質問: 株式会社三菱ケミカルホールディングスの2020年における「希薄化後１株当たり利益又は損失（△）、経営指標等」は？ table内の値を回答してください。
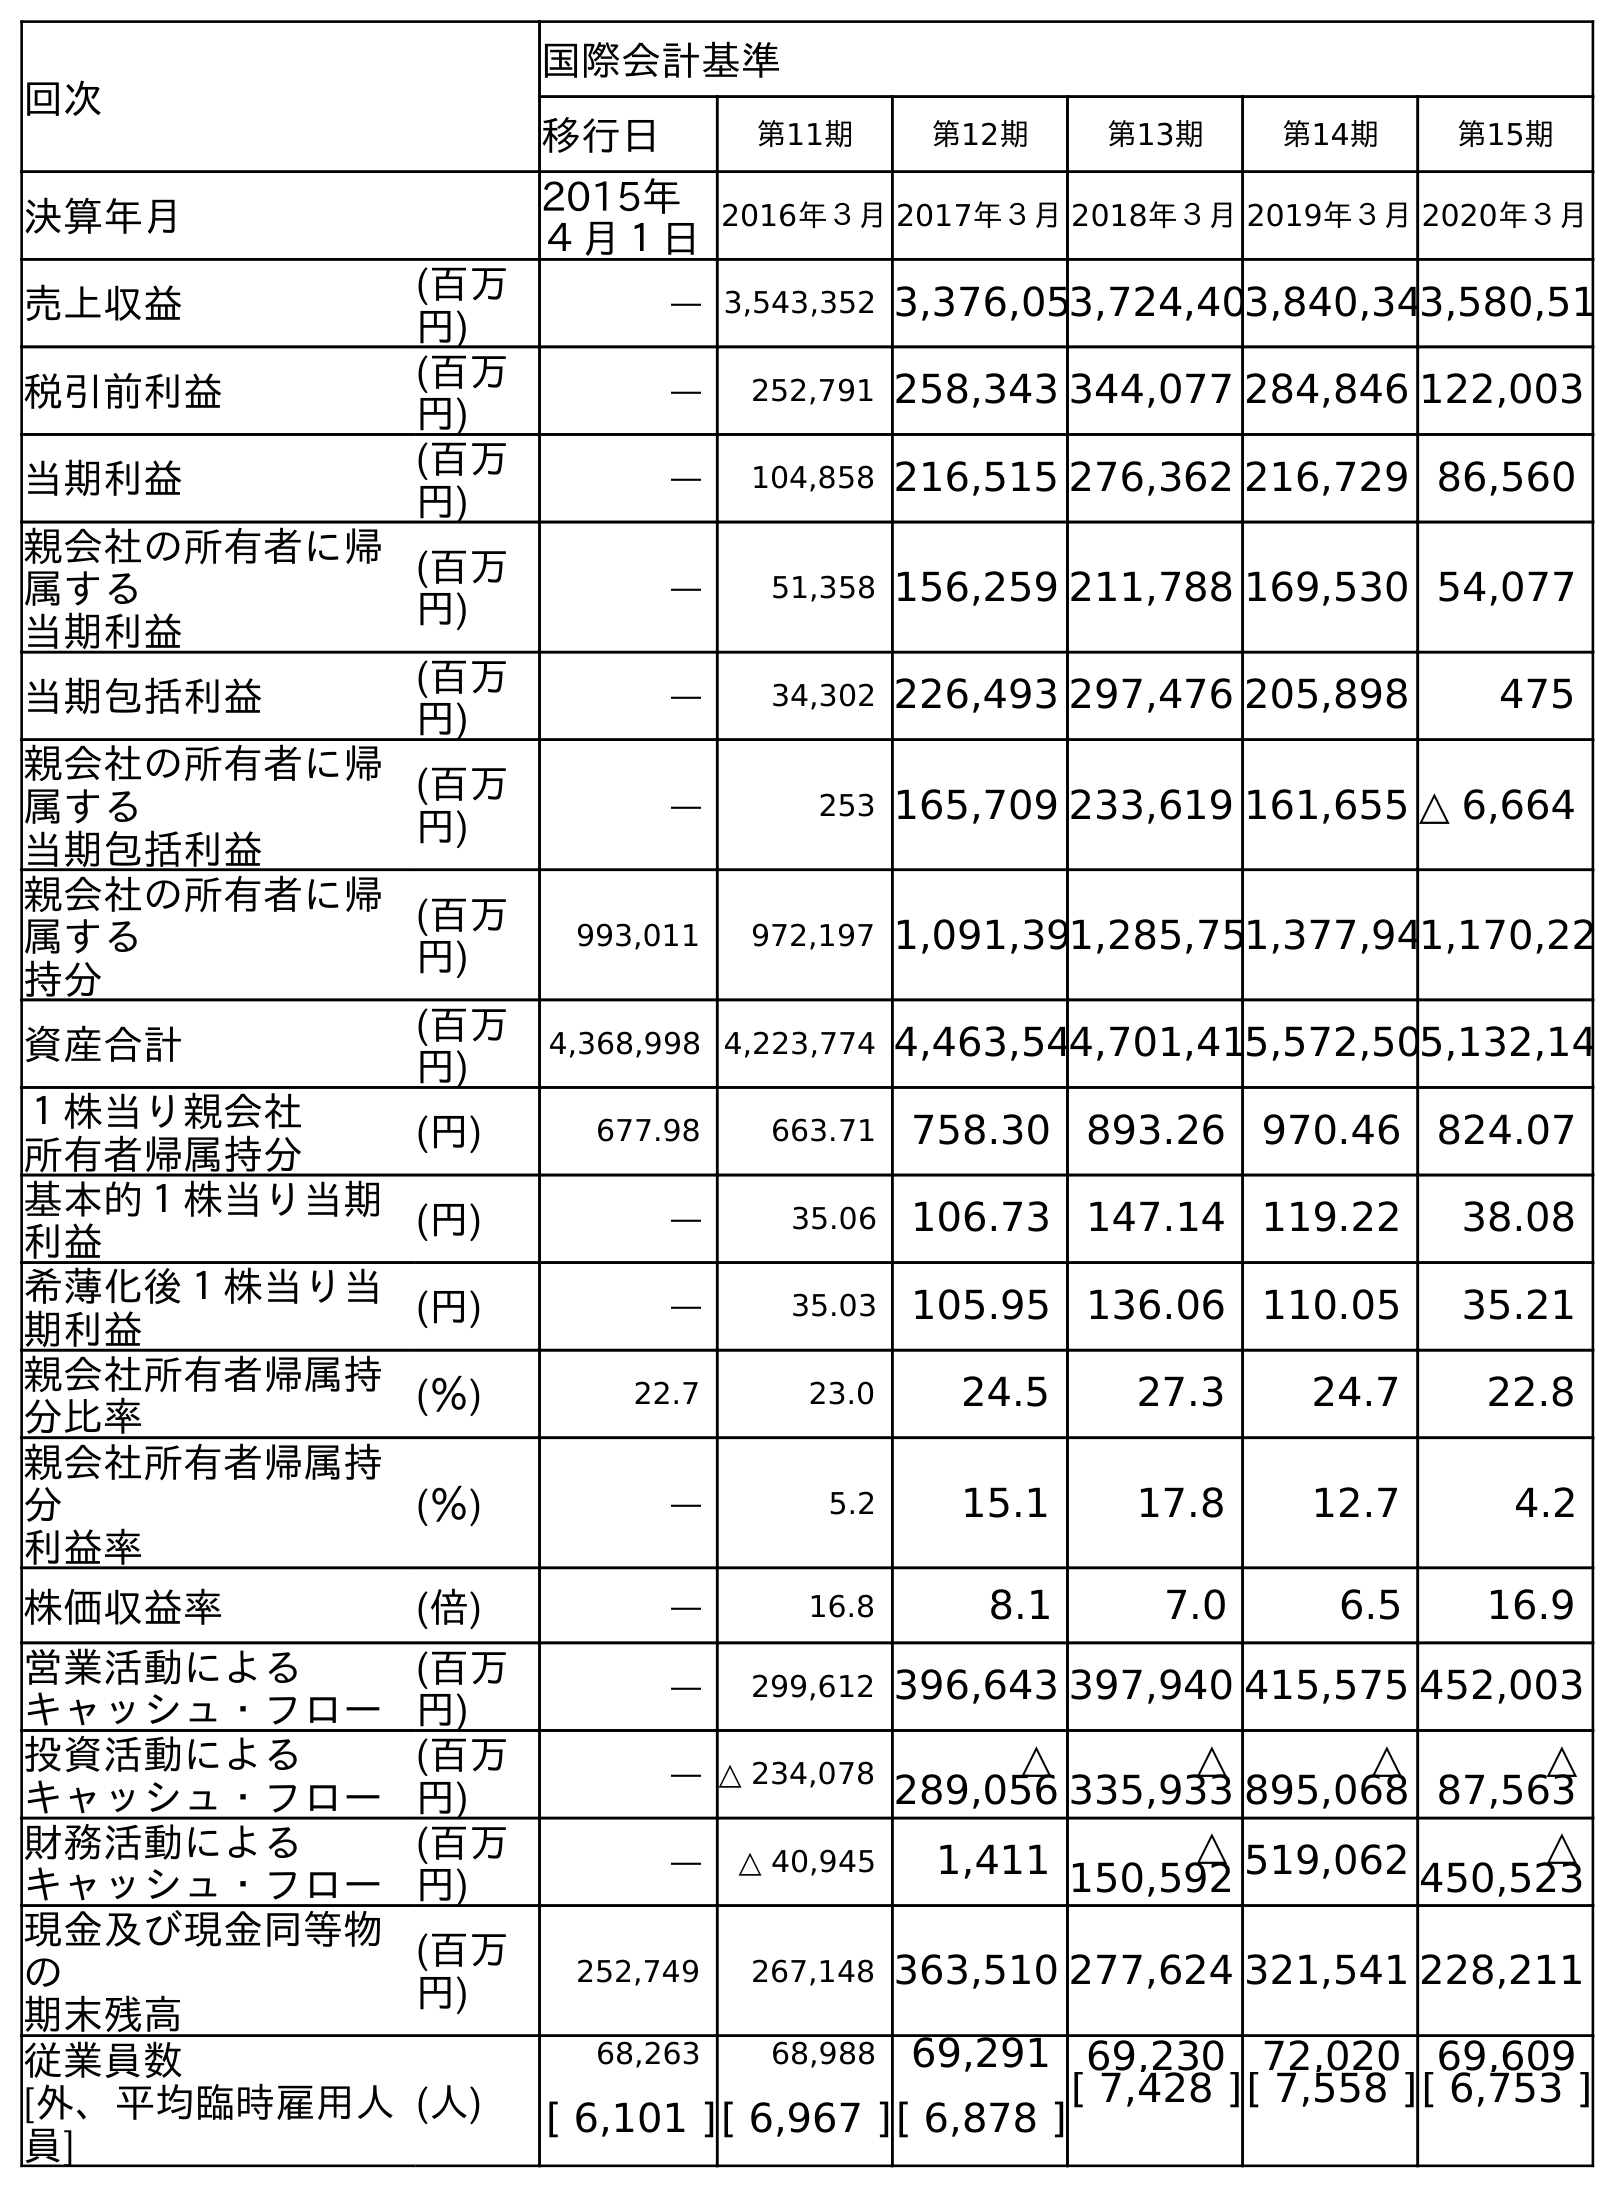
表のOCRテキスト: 回次 国際会計基準 移行日 第11期 第12期 第13期 第14期 第15期 決算年月 2015年 ４月１日 2016年３月2017年３月2018年３月2019年３月2020年３月 売上収益 (百万 円) ― 3,543,352 3,376,053,724,403,840,343,580,51 税引前利益 (百万 円) ― 252,791 258,343 344,077 284,846 122,003 当期利益 (百万 円) ― 104,858 216,515 276,362 216,729 86,560 親会社の所有者に帰 属する 当期利益 (百万 円) ― 51,358 156,259 211,788 169,530 54,077 当期包括利益 (百万 円) ― 34,302 226,493 297,476 205,898 475 親会社の所有者に帰 属する 当期包括利益 (百万 円) ― 253 165,709 233,619 161,655 △ 6,664 親会社の所有者に帰 属する 持分 (百万 円) 993,011 972,197 1,091,391,285,751,377,941,170,22 資産合計 (百万 円) 4,368,998 4,223,774 4,463,544,701,415,572,505,132,14 １株当り親会社 所有者帰属持分 (円) 677.98 663.71 758.30 893.26 970.46 824.07 基本的１株当り当期 利益 (円) ― 35.06 106.73 147.14 119.22 38.08 希薄化後１株当り当 期利益 (円) ― 35.03 105.95 136.06 110.05 35.21 親会社所有者帰属持 分比率 (％) 22.7 23.0 24.5 27.3 24.7 22.8 親会社所有者帰属持 分 利益率 (％) ― 5.2 15.1 17.8 12.7 4.2 株価収益率 (倍) ― 16.8 8.1 7.0 6.5 16.9 営業活動による キャッシュ・フロー (百万 円) ― 299,612 396,643 397,940 415,575 452,003 投資活動による キャッシュ・フロー (百万 円) ― △ 234,078 △ 289,056 △ 335,933 △ 895,068 △ 87,563 財務活動による キャッシュ・フロー (百万 円) ― △ 40,945 1,411 △ 150,592 519,062 △ 450,523 現金及び現金同等物 の 期末残高 (百万 円) 252,749 267,148 363,510 277,624 321,541 228,211 従業員数 [外、平均臨時雇用人 員] (人) 68,263 68,988 69,291 69,230 72,020 69,609 [ 6,101 ][ 6,967 ][ 6,878 ][ 7,428 ][ 7,558 ][ 6,753 ]
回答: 35.21